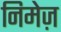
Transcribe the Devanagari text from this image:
निमेज़